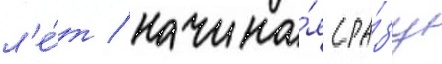
л'е́т / начина́я сра́зу